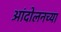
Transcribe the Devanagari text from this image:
आंदोलनच्या